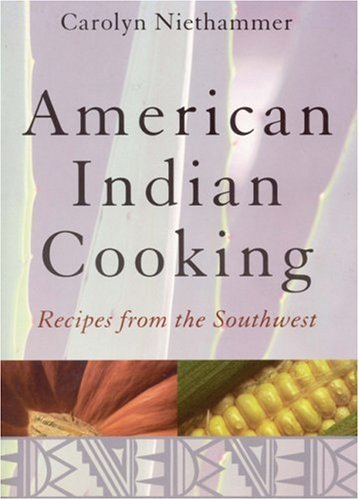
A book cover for American Indian Cooking: Recipes from the Southwest; Carolyn Niethammer; Cookbooks, Food & Wine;